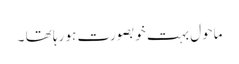
ماحول بہت خوبصورت ہو رہا تھا ۔